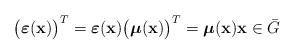
LaTeX: \begin{align*} \big(\boldsymbol{\varepsilon}(\mathbf{x})\big)^{T} = \boldsymbol{\varepsilon}(\mathbf{x}) \big(\boldsymbol{\mu}(\mathbf{x})\big)^{T} = \boldsymbol{\mu}(\mathbf{x}) \mathbf{x} \in \bar{G} \end{align*}